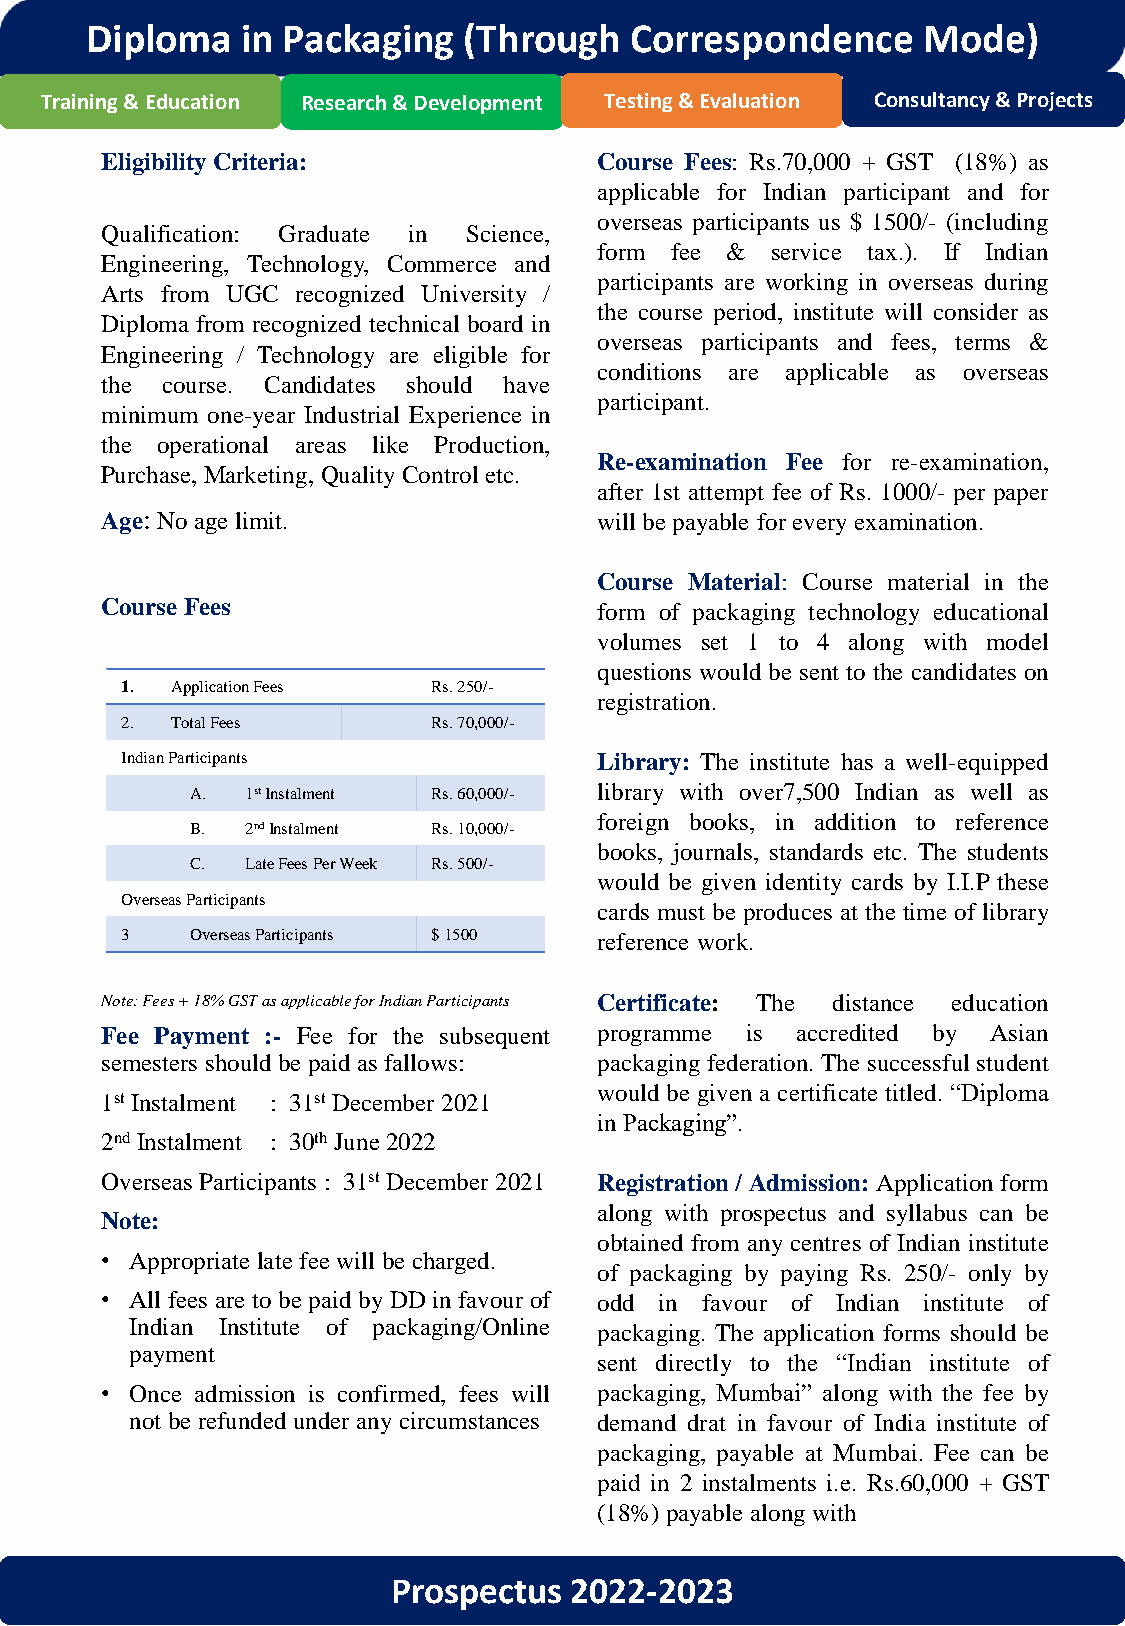
Diploma   in Packaging   (Through   Correspondence     Mode)
 Training & Education Research & Development Testing & Evaluation Consultancy & Projects
 Eligibility Criteria:            Course Fees: Rs.70,000 + GST (18%) as
 applicable for Indian participant and for
 overseas participants us $ 1500/- (including
 Qualification: Graduate in Science,
 form fee & service tax.). If Indian
 Engineering, Technology, Commerce and
 participants are working in overseas during
 Arts from UGC recognized University /
 the course period, institute will consider as
 Diploma from recognized technical board in
 overseas participants and fees, terms &
 Engineering / Technology are eligible for
 conditions are applicable as overseas
 the course. Candidates should have
 participant.
 minimum one-year Industrial Experience in
 the operational areas like Production,
 Re-examination Fee for re-examination,
 Purchase, Marketing, Quality Control etc.
 after 1st attempt fee of Rs. 1000/- per paper
 Age: Noage limit.                will be payable forevery examination.
 Course Material: Course material in the
 CourseFees                       form of packaging technology educational
 volumes set 1 to 4 along with model
 questions would be sent to the candidates on
 1. Application Fees  Rs. 250/-
 registration.
 2. Total Fees        Rs. 70,000/-
 Indian Participants             Library: The institute has a well-equipped
 A. 1stInstalment Rs. 60,000/- library with over7,500 Indian as well as
 foreign books, in addition to reference
 B. 2ndInstalment Rs. 10,000/-
 books, journals, standards etc. The students
 C. Late Fees Per Week Rs. 500/-
 would be given identity cards by I.I.P these
 Overseas Participants
 cards must be produces at the time of library
 3    Overseas Participants $ 1500 reference work.
 Note:Fees+18%GSTasapplicableforIndianParticipants Certificate: The distance education
 Fee Payment :- Fee for the subsequent programme is accredited by Asian
 semesters shouldbe paid as fallows: packaging federation. The successful student
 would be given a certificate titled. “Diploma
 1st Instalment : 31st December 2021
 in Packaging”.
 2ndInstalment : 30thJune2022
 Overseas Participants : 31st December 2021 Registration / Admission:Application form
 along with prospectus and syllabus can be
 Note:
 obtained from any centres of Indian institute
 • Appropriate late fee will be charged.
 of packaging by paying Rs. 250/- only by
 • All fees are to be paid byDD in favour of odd in favour of Indian institute of
 Indian Institute of packaging/Online packaging. The application forms should be
 payment
 sent directly to the “Indian institute of
 • Once admission is confirmed, fees will packaging, Mumbai” along with the fee by
 not be refunded under any circumstances demand drat in favour of India institute of
 packaging, payable at Mumbai. Fee can be
 paid in 2 instalments i.e. Rs.60,000 + GST
 (18%) payable along with
 Prospectus  2022-2023